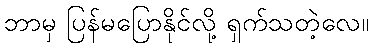
ဘာမှ ပြန်မပြောနိုင်လို့ ရှက်သတဲ့လေ။